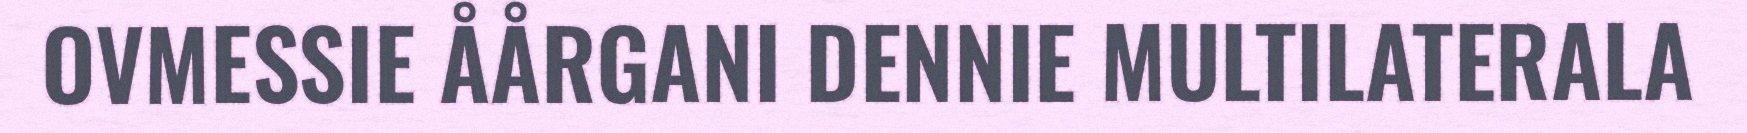
OVMESSIE ÅÅRGANI DENNIE MULTILATERALA